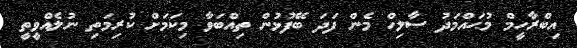
އިބްރާހީމް މުޙައްމަދު ސާލިހް މެން ފަދަ ބޭފުޅުން ތިއްބަވާ މިކަމަށް ކުރިމަތި ނުލެއްވީތީ